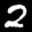
Label: 2